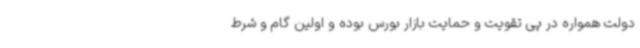
دولت همواره در پی تقویت و حمایت بازار بورس بوده و اولین گام و شرط